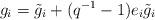
LaTeX: \begin{align*}{}g_i =\tilde{g}_i + (q^{-1}-1)e_i \tilde{g}_i\end{align*}